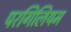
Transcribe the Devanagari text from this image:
परगिलियम